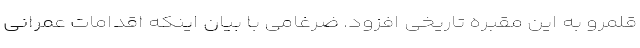
قلمرو به این مقبره تاریخی افزود. ضرغامی با بیان اینکه اقدامات عمرانی